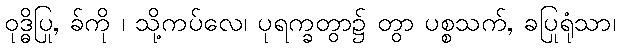
ဝုဒ္ဓိပြု, ခ်ကို ၊ သို့ကပ်လေ၊ ပုရက္ခတွာ၌ တွာ ပစ္စသက်, ခပြုရုံသာ၊